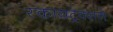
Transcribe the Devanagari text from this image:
स्कायट्रक्सने